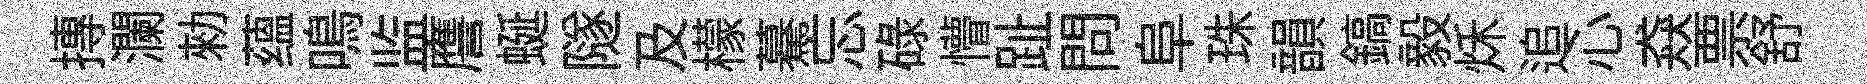
摶瀾勑蕴鳴监譍蜒隧及檬驀忘碌懵趾問阜珠韻鎬毅秌追心猋票舒